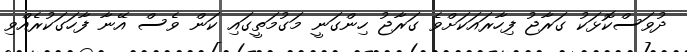
ދުވަސްކޮޅަކު ގަރާޖު ފިހާރައަކަށްވެ ގަރާޖު ހިންގަނީ މަގުމަތީގައި ކަން ވެސް އޭނާ ފާހަގަކުރެއްވި